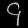
Digit: ၄